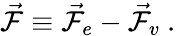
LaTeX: \vec{\mathcal{F}}\equiv\vec{\mathcal{F}}_{e}-\vec{\mathcal{F}}_{v}\mathrm{~.~}